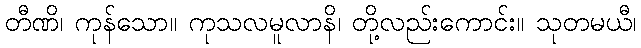
တီဏိ၊ ကုန်သော။ ကုသလမူလာနိ၊ တို့လည်းကောင်း။ သုတမယီ၊